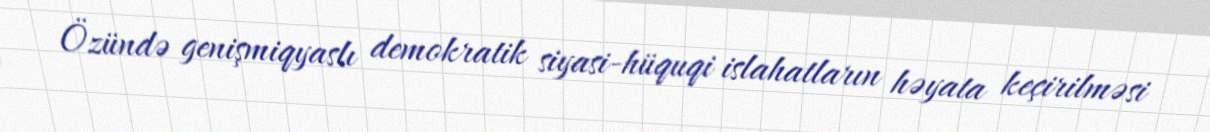
Özündə genişmiqyaslı demokratik siyasi-hüquqi islahatların həyata keçirilməsi